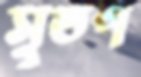
সুতপ